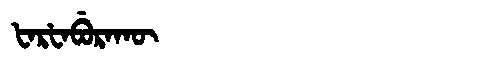
Manchu: ᡶᠠᡵᡶᠠᠪᡠᡵᠠᡴᡡ
Romanization: FARFABURAKŪ